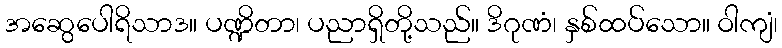
အဆွေပေါရိသာဒ။ ပဏ္ဍိတာ၊ ပညာရှိတို့သည်။ ဒိဂုဏံ၊ နှစ်ထပ်သော။ ဝါကျံ၊